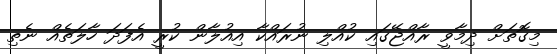
މިގޮތަށް ދިމާވީ ރާއްޖޭގައި ކުއްލި ނުރައްކާ އިއުލާން ކުރީ އެފަދަ ހާލަތެއް ނެތި